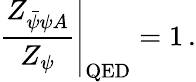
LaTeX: \left.\frac{Z_{\bar{\psi}\psi A}}{Z_{\psi}}\right|_{\mathrm{QED}}=1\, .